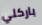
باركلي